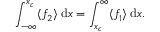
\int _ { - \infty } ^ { x _ { c } } \langle f _ { 2 } \rangle \: \mathrm { d } x = \int _ { x _ { c } } ^ { \infty } \langle f _ { 1 } \rangle \: \mathrm { d } x .